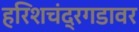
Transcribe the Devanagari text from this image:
हरिशचंद्रगडावर